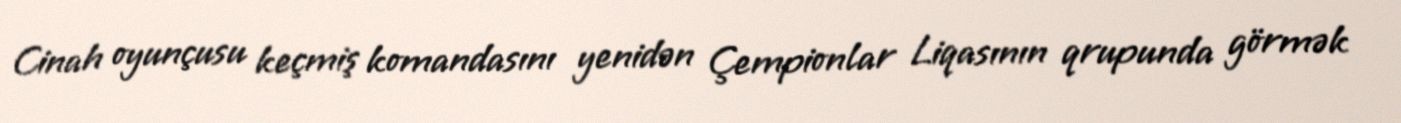
Cinah oyunçusu keçmiş komandasını yenidən Çempionlar Liqasının qrupunda görmək